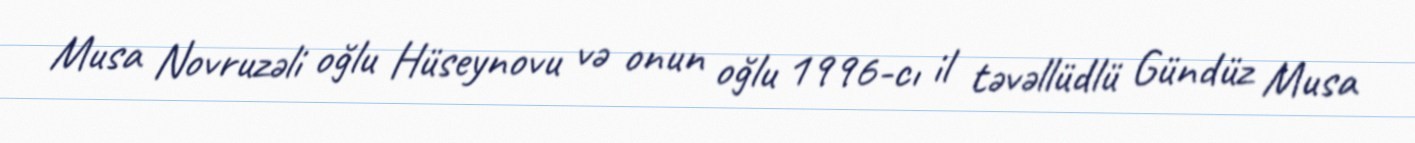
Musa Novruzəli oğlu Hüseynovu və onun oğlu 1996-cı il təvəllüdlü Gündüz Musa